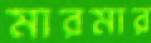
মারমার